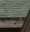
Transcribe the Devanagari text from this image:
कात्सुयो